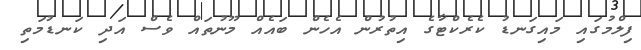
ފިލްމުގައި މައިގަނޑު ކެރެކްޓާގެ އިތުރުން އެހެން ބައެއް މޫނުތައް ވެސް އަދި ކަނޑުމަތި